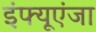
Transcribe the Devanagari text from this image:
इंफ्यूएंजा